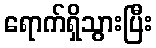
ရောက်ရှိသွားပြီး